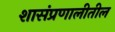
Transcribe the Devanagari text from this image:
शासंप्रणालीतील